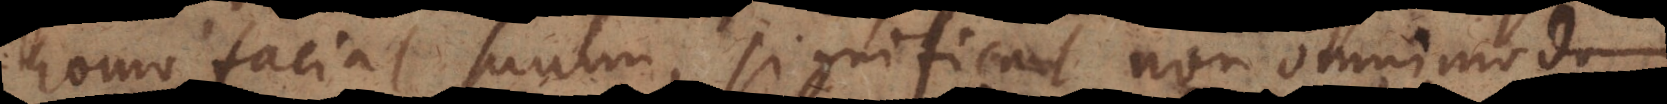
homo faciat suum, significat non omnimodum